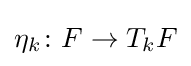
\eta _{k}\colon F\to T_{k}F